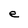
Character: e